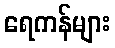
ရေကန်များ